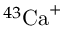
^ { 4 3 } \mathrm { { C a } ^ { + } }